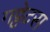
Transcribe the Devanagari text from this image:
गट्टेटस